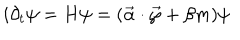
i { \partial } _ { t } \psi = H \psi = ( \vec { \alpha } \cdot \vec { \wp } + \beta m ) \psi